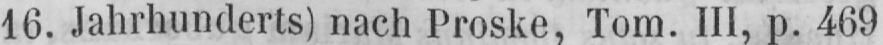
16. Jahrhunderts) nach Proske, Tom. III, p. 469